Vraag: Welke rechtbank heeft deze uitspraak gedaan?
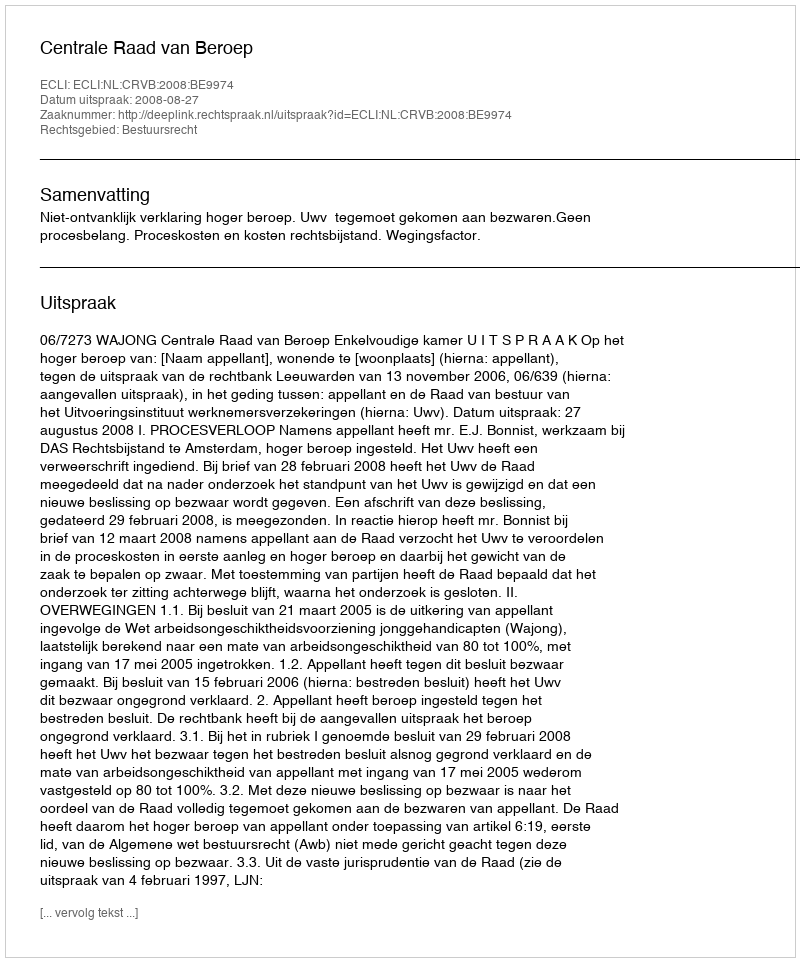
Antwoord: Centrale Raad van Beroep